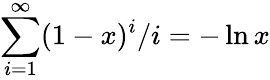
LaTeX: \sum_{i=1}^{\infty}(1-x)^{i}/i=-\ln{x}